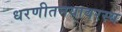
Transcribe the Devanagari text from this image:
धरणीतनयावरस्य